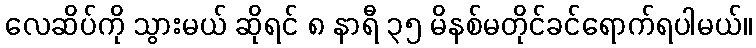
လေဆိပ်ကို သွားမယ် ဆိုရင် ၈ နာရီ ၃၅ မိနစ်မတိုင်ခင်ရောက်ရပါမယ်။